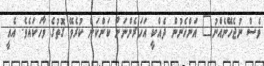
ވެސް ނުޖެހޭނެއްނު" އަންހެނުން ދެއްކީ އަހަރެންނަށް ކަންކަން ކުރެވޭ ގޮތުގެ ވާހަކައެވެ. އެއީ